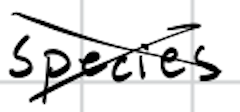
Text: species
Cross-out: cross
Writing tool: digital_black